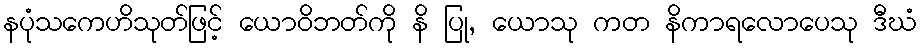
နပုံသကေဟိသုတ်ဖြင့် ယောဝိဘတ်ကို နိ ပြု, ယောသု ကတ နိကာရလောပေသု ဒီဃံ